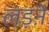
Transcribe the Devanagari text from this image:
लड़ऩे